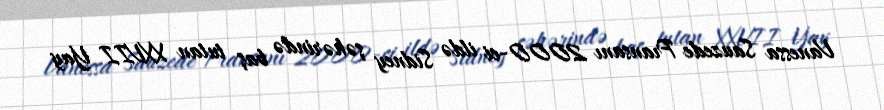
Vanessa Sauzede Fransanı 2000-ci ildə Sidney şəhərində baş tutan XXVII Yay